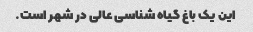
این یک باغ گیاه شناسی عالی در شهر است.